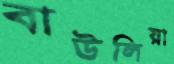
বাউলিয়া